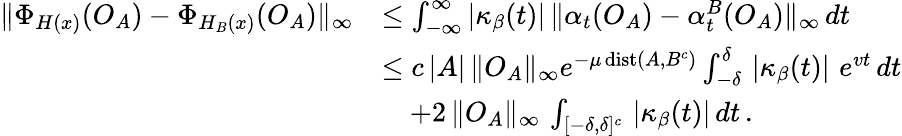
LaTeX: \begin{array}{rl}{\| \Phi_{H(x)}(O_{A})-\Phi_{H_{B}(x)}(O_{A})\| _{\infty}}&{\le\int_{-\infty}^{\infty}|\kappa_{\beta}(t)|\, \| \alpha_{t}(O_{A})-\alpha_{t}^{B}(O_{A})\| _{\infty}\, dt}\\ &{\le c\, |A|\, \| O_{A}\| _{\infty}e^{-\mu\operatorname{dist}(A,B^{c})}\int_{-\delta}^{\delta}\, |\kappa_{\beta}(t)|\, \, e^{vt}\, dt}\\ &{\quad+2\, \| O_{A}\| _{\infty}\, \int_{[-\delta,\delta]^{c}}\, |\kappa_{\beta}(t)|\, dt\, .}\end{array}